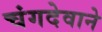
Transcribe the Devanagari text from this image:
चंगदेवाने